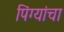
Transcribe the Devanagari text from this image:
पिंग्यांचा